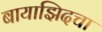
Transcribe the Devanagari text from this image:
बायाझिदचा